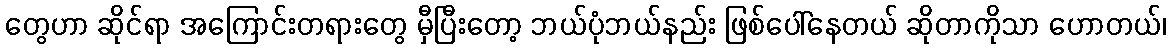
တွေဟာ ဆိုင်ရာ အကြောင်းတရားတွေ မှီပြီးတော့ ဘယ်ပုံဘယ်နည်း ဖြစ်ပေါ်နေတယ် ဆိုတာကိုသာ ဟောတယ်၊